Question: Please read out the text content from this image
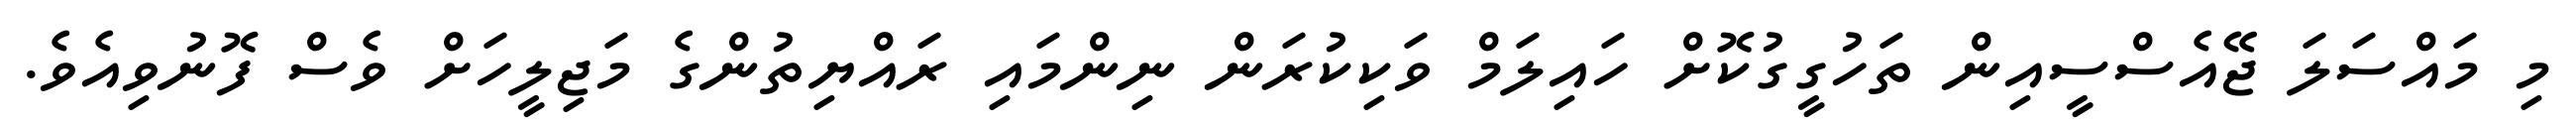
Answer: މި މައްސަލަ ޖޭއެސްސީއިން ތަހުގީގުކޮށް ހައިލަމް ވަކިކުރަން ނިންމައި ރައްޔިތުންގެ މަޖިލީހަށް ވެސް ފޮނުވިއެވެ.